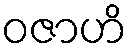
ဝဇာဟိ